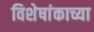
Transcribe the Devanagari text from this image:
विशेषांकाच्या